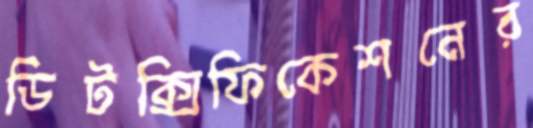
ডিটক্সিফিকেশনের